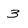
Character: 3